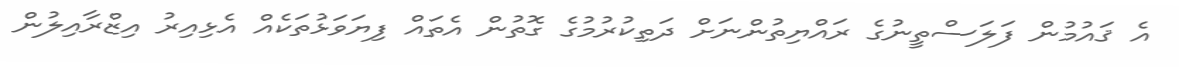
އެ ޤައުމުން ފަލަސްތީނުގެ ރައްޔިތުންނަށް ދަތިކުރުމުގެ ގޮތުން އެތައް ފިޔަވަޅުތަކެއް އެޅިއިރު އިޒްރާއިލުން